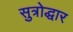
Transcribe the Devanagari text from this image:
सुत्रोद्धार